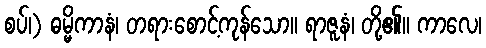
စပ်၊) ဓမ္မိကာနံ၊ တရားစောင့်ကုန်သော။ ရာဇူနံ၊ တို့၏။ ကာလေ၊